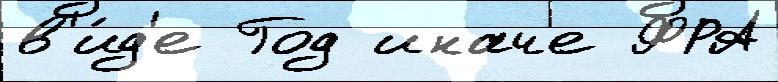
в'и́д'е Год иначе ФРА